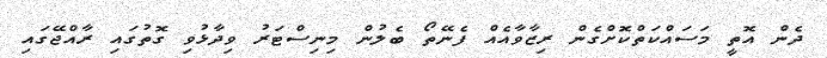
ދެން އޮތީ މަސައްކަތްކޮށްގެން ރިޒާވާއެއް ފެނޭތޯ ބެލުން މިނިސްޓަރު ވިދާޅުވި ގޮތުގައި ރާއްޖޭގައި